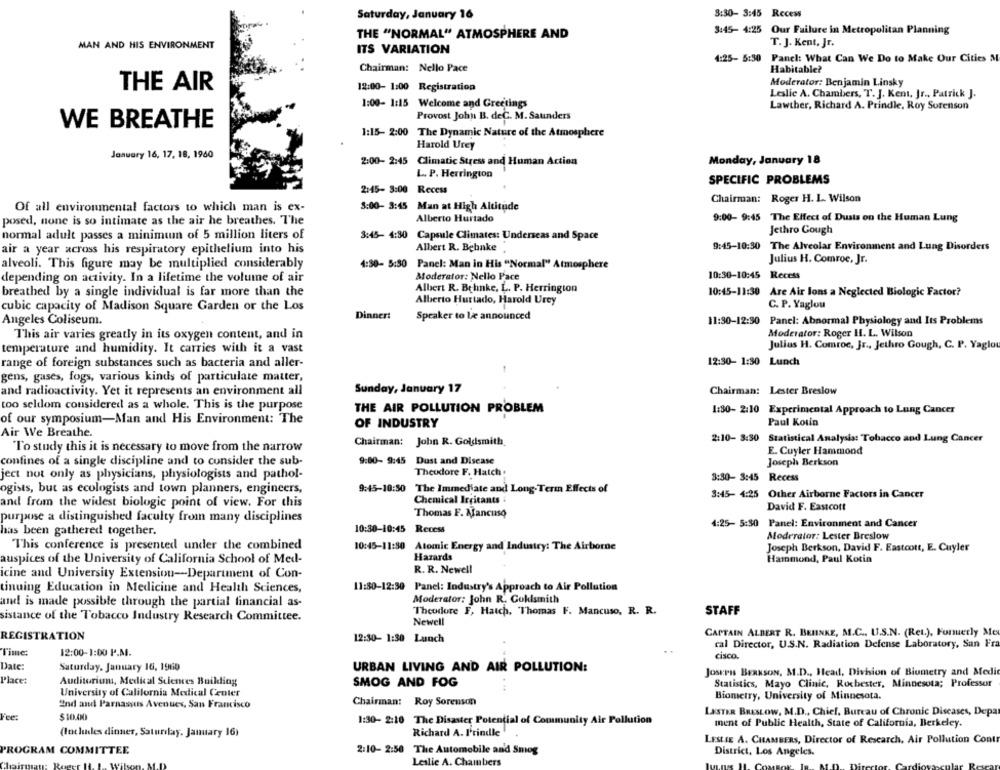
Saturday, January 16
8:30- 3:45 Recess
3:45- 4:25
Our Failure in Metropolitan Planning
THE "NORMAL" ATMOSPHERE AND
MAN AND HIS ENVIRONMENT
T. J. Kent, Jr.
ITS VARIATION
4:25- 5:30 Panel: What Can We Do to Make Our Cities M
Chairman: Nello Pace
Habitable?
Moderator: Benjamin Linsky
THE AIR
12:00- 1:00 Registration
Leslie A. Chambers, T. J. Kent, Jr ., Patrick J.
1:00- 1:15 Welcome and Greetings
Lawther, Richard A. Prindle, Roy Sorenson
Provost John B. deC. M. Saunders
WE BREATHE
1:15- 2:00 The Dynamic Nature of the Atmosphere
Harold Urey
January 16, 17, 18, 1960
2:00- 2:45 Climatic Stress and Human Action
Monday, January 18
L. P. Herrington
SPECIFIC PROBLEMS
2:45- 3:00 Recess
Chairman: Roger H. L. Wilson
Of all environmental factors to which man is ex-
3:00- 3:45 Man at High Altitude
posed, none is so intimate as the air he breathes. The
Alberto Hurtado
9:00- 9:45 The Effect of Dusts on the Human Lung
Jethro Cough
normal adult passes a minimum of 5 million liters of
3:45- 4:30 Capsule Climates: Underseas and Space
Albert R. Behnke
9:45-10:30
The Alveolar Environment and Lung Disorders
air a year across his respiratory epithelium into his
Julius H. Comroe, Jr.
alveoli. This figure may be multiplied considerably
4:30- 5:30 Panel: Man in His "Normal" Atmosphere
Moderator: Nello Pace
10:30-10:45
Recess
depending on activity. In a lifetime the volume of air
breathed by a single individual is far more than the
Albert R. Behnke, L. P. Herrington
10:45-11:30
Are Air Jons a Neglected Biologic Factor?
Alberto Hurtado, Harold Urey
cubic capacity of Madison Square Garden or the Los
C. P. Yaglou
Dinnert
Speaker to læ announced
Angeles Coliseum.
11:30-12:30
Panel: Abnormal Physiology and Its Problems
Moderator: Roger H. L. Wilson
This air varies greatly in its oxygen content, and in
Julius H. Comroc, Jr ., Jethro Gough, C. P. Yaglou
temperature and humidity. It carries with it a vast
12:30- 1:30 Lunch
range of foreign substances such as bacteria and aller-
gens, gases, fogs, various kinds of particulate matter,
and radioactivity. Yet it represents an environment all
Sunday, January 17
Chairman: Lester Breslow
too seldom considered as a whole. This is the purpose
THE AIR POLLUTION PROBLEM
1:30- 2:10 Experimental Approach to Lung Cancer
of our symposium-Man and His Environment: The
OF INDUSTRY
Paul Kotin
Air We Breathe.
2:10- 3:30 Statistical Analysis: Tobacco and Lung Cancer
To study this it is necessary to move from the narrow
Chairman: John R. Goldsmith
E. Cuyler Hammond
confines of a single discipline and to consider the sub-
9:00- 9:45
Dust and Disease
Joseph Berkson
Theodore F. Hatch.
ject not only as physicians, physiologists and pathol-
3:30- 3:45 Recess
ogists, but as ecologists and town planners, engineers,
9:45-10:50
The Immediate and Long-Term Effects of
3:45- 4:25
Other Airborne Factors in Cancer
Chemical Irritants :
and from the widest biologic point of view. For this
David F. Eastcott
Thomas E. Mancuso
purpose a distinguished faculty from many disciplines
4:25- 5:30 Panel: Environment and Cancer
has been gathered together.
10:30-10:45
Recess
Moderator: Lester Breslow
This conference is presented under the combined
10:45-11:80
Atomic Energy and Industry: The Airborne
Joseph Berkson, David F. Eastcott, E. Cuyler
auspices of the University of California School of Med-
Hazards
Hammond, Paul Kotin
R. R. Newell
icine and University Extension-Department of Con-
11:80-12:30
tinuing Education in Medicine and Health Sciences,
Panel: Industry's Approach to Air Pollution
Moderator: John R. Guklsmith
and is made possible through the partial financial as-
sistance of the Tobacco Industry Research Committee.
Theodore F, Hatch, Thomas F. Mancuso, R. R.
STAFF
Newell
CAPTAIN ALBERT R. BRINKE, M.C ., U.S.N. (Ret.), Fonuerly Me
REGISTRATION
12:30- 1:30 Lunch
cal Director, U.S.N. Radiation Defense Laboratory, San Fra
Time:
12:00-1:00 P.M.
cisco.
Date:
Saturday, January 16, 1960
URBAN LIVING AND AIR POLLUTION:
JOSEPHS BERKSON, M.D ., Head, Division of Biometry and Medio
Place:
Auditorium, Medical Sciences Buikdling
SMOG AND FOG
Statistics, Mayo Clinic, Rochester, Minnesota; Professor
University of California Medical Center
Chairman: Roy Sorenson
Biometry, University of Minnesota.
2nd and Parnassus Avenues, San Francisco
$10.00
LASTER BRESLOW, M.D ., Chief, Bureau of Chronic Diseases, Depa
1:30- 2:10 The Disaster Potential of Community Air Pollution
ment of Public Health, State of California, Berkeley.
(Includes dinner, Saturday, January 16)
Richard A. I'rindle
LESLIE A. CHAMBERS, Director of Research, Air Pollution Contr
PROGRAM COMMITTEE
2:10- 2:50 The Automobile and Smog
District, Los Angeles.
Leslie A. Chambers